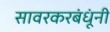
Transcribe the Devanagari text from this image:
सावरकरबंधूंनी